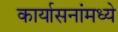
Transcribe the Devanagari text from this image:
कार्यासनांमध्ये